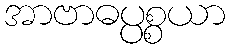
အာဗာဓပ္ပစ္စယာ